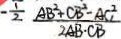
- \frac { 1 } { 2 } \frac { A B ^ { 2 } + C B ^ { 2 } - A C ^ { 2 } } { 2 A B \cdot C B }